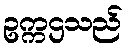
ဥက္ကဌသည်